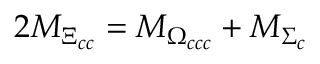
2 M _ { \Xi _ { c c } } = M _ { \Omega _ { c c c } } + M _ { \Sigma _ { c } }